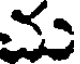
మ